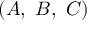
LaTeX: ( A , \ B , \ C )